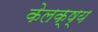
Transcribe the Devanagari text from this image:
केलक्ष्य